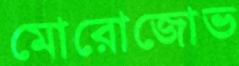
মোরোজোভ